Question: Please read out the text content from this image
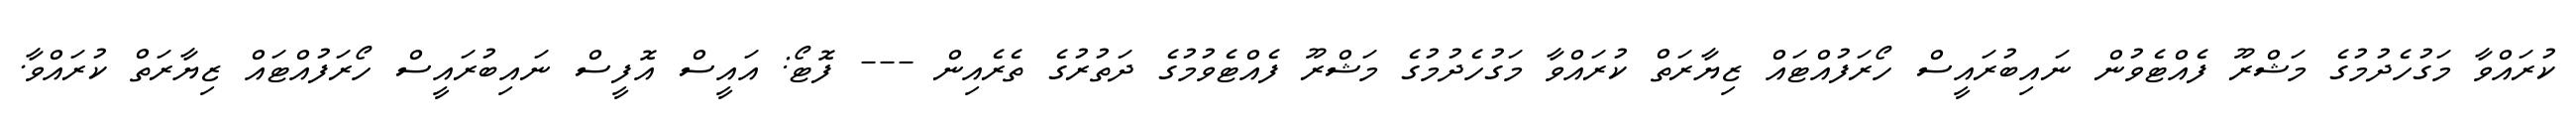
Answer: ކުރައްވާ މަގުހެދުމުގެ މަޝްރޫ ފެއްޓެވުން ނައިބުރައީސް ހޯރަފުއްޓައް ޒިޔާރަތް ކުރައްވާ މަގުހެދުމުގެ މަޝްރޫ ފެއްޓެވުމުގެ ދަތުރުގެ ތެރެއިން --- ފޮޓޯ: އައީސް އޮފީސް ނައިބުރައީސް ހޯރަފުއްޓައް ޒިޔާރަތް ކުރައްވާ.